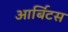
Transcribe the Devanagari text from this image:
आर्बिटर्स